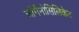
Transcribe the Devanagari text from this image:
ऑर्गेनोसिलिकेट